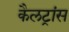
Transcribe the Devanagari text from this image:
कैलट्रांस